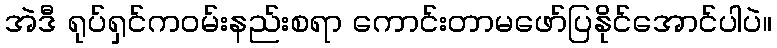
အဲဒီ ရုပ်ရှင်ကဝမ်းနည်းစရာ ကောင်းတာမဖော်ပြနိုင်အောင်ပါပဲ။